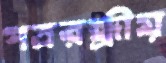
পত্ররন্ধ্রীয়